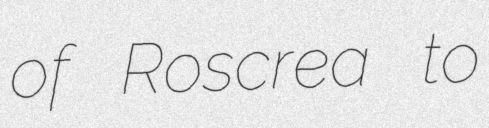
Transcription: of Roscrea to